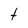
Character: t